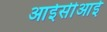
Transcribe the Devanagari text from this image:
आईसीआई